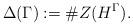
LaTeX: \begin{align*}\Delta(\Gamma):= \#Z(H^{\Gamma}).\end{align*}